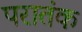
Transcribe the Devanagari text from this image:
परातंक